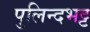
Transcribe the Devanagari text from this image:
पुलिन्दभट्ट